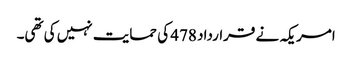
امریکہ نے قرارداد 478 کی حمایت نہیں کی تھی۔